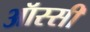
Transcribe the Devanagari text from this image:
ऑस्सी